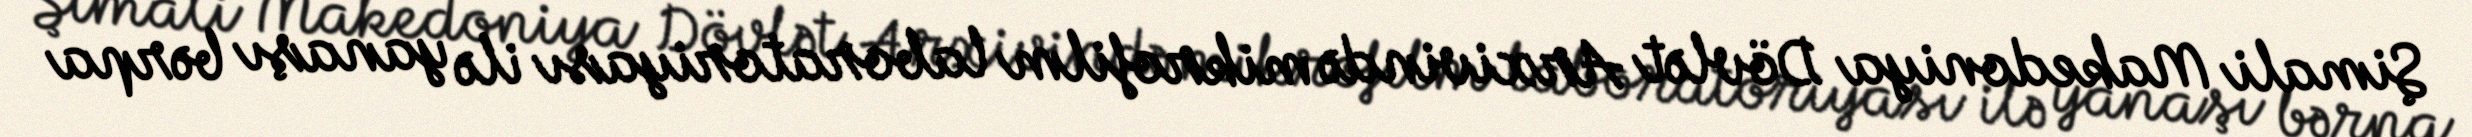
Şimali Makedoniya Dövlət Arxivində mikrofilm laboratoriyası ilə yanaşı bərpa